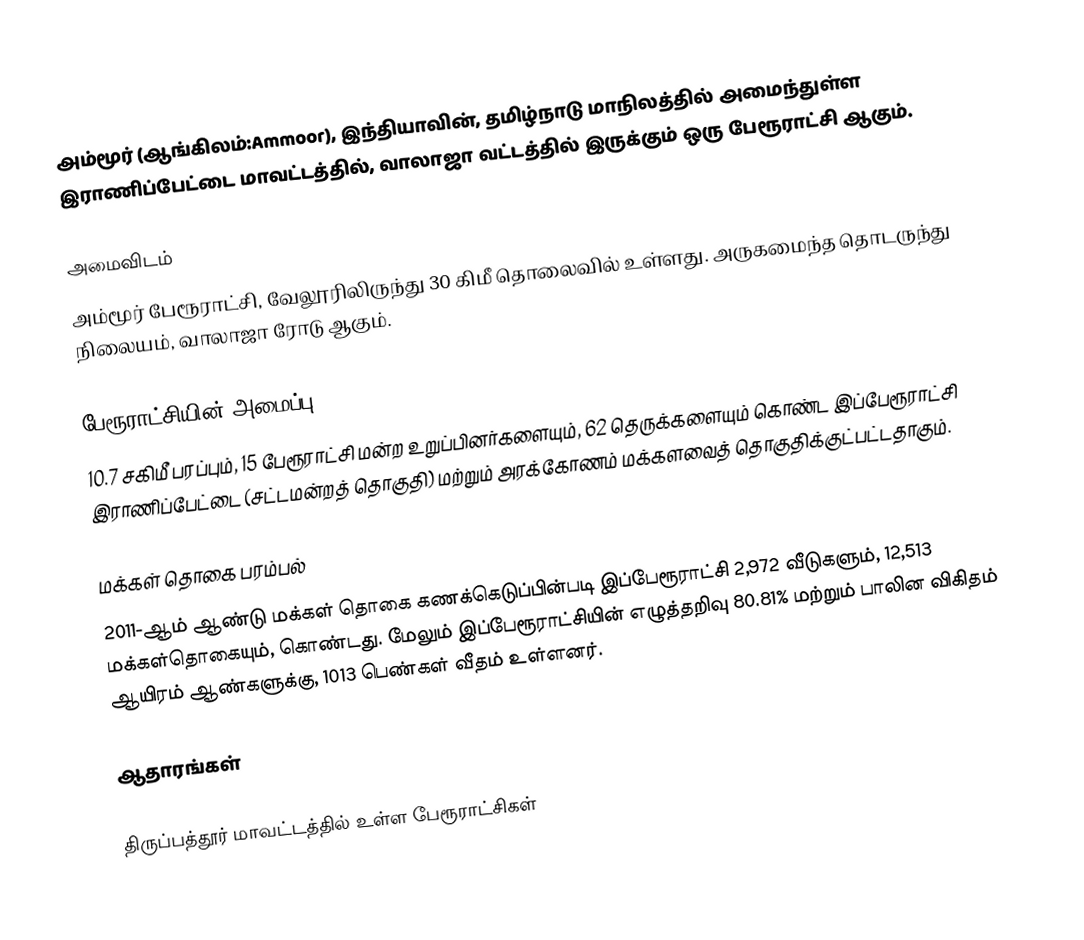
அம்மூர் (ஆங்கிலம்:Ammoor), இந்தியாவின், தமிழ்நாடு மாநிலத்தில் அமைந்துள்ள இராணிப்பேட்டை மாவட்டத்தில், வாலாஜா வட்டத்தில் இருக்கும் ஒரு பேரூராட்சி ஆகும்.

அமைவிடம்
அம்மூர் பேரூராட்சி, வேலூரிலிருந்து 30 கிமீ தொலைவில் உள்ளது. அருகமைந்த தொடருந்து நிலையம், வாலாஜா ரோடு ஆகும்.

பேரூராட்சியின் அமைப்பு
10.7 சகிமீ பரப்பும், 15  பேரூராட்சி மன்ற உறுப்பினர்களையும், 62 தெருக்களையும்  கொண்ட இப்பேரூராட்சி இராணிப்பேட்டை (சட்டமன்றத் தொகுதி) மற்றும் அரக்கோணம் மக்களவைத் தொகுதிக்குட்பட்டதாகும்.

மக்கள் தொகை பரம்பல்
2011-ஆம் ஆண்டு மக்கள் தொகை கணக்கெடுப்பின்படி இப்பேரூராட்சி  2,972  வீடுகளும், 12,513 மக்கள்தொகையும், கொண்டது. மேலும் இப்பேரூராட்சியின் எழுத்தறிவு 80.81%  மற்றும்  பாலின விகிதம் ஆயிரம் ஆண்களுக்கு, 1013 பெண்கள் வீதம் உள்ளனர்.

ஆதாரங்கள்

திருப்பத்தூர் மாவட்டத்தில் உள்ள பேரூராட்சிகள்